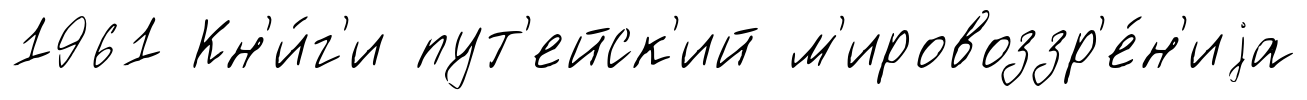
1961 Кн'и́г'и пут'ейск'ий м'ировоззр'е́н'иjа